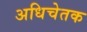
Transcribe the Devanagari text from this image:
अधिचेतक